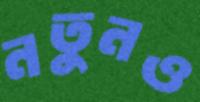
নতুনও